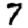
Digit: 7